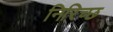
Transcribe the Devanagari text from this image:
निरिच्छ